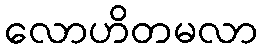
လောဟိတမလာ